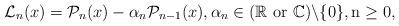
LaTeX: \begin{align*}\mathcal{L}_n(x)=\mathcal{P}_n(x)-\alpha_n\mathcal{P}_{n-1}(x), \alpha_n \in (\mathbb{R} ~ \rm{or} ~ \mathbb{C})\backslash \{ 0 \}, n\geq 0,\end{align*}